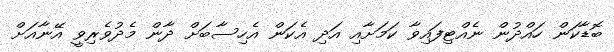
ބޮޑާކަން ހައްދުން ނެއްޓިފައިވާ ކަމަށާއި އަދި އެކަން އެހިސާބަށް ދާން މެދުވެރިވީ އޭނާއަށް